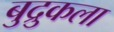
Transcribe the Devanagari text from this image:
बुद्रुकला